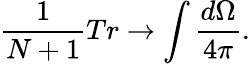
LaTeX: \frac{1}{N+1}Tr\rightarrow\int\frac{d\Omega}{4\pi}.